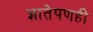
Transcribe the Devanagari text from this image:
ज्ञातेपणही